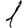
Digit: 1